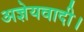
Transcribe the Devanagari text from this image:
अज्ञेयवादी।